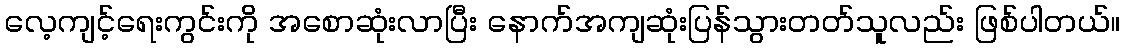
လေ့ကျင့်ရေးကွင်းကို အစောဆုံးလာပြီး နောက်အကျဆုံးပြန်သွားတတ်သူလည်း ဖြစ်ပါတယ်။